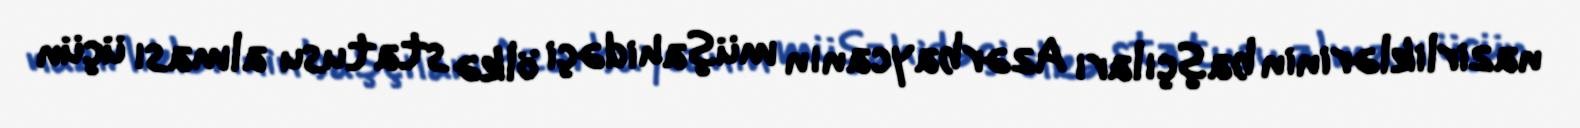
nazirliklərinin başçıları Azərbaycanın müşahidəçi ölkə statusu alması üçün